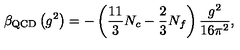
\beta _ { \mathrm { Q C D } } \left( g ^ { 2 } \right) = - \left( \frac { 1 1 } { 3 } N _ { c } - \frac 2 3 N _ { f } \right) \frac { g ^ { 2 } } { 1 6 \pi ^ { 2 } } ,